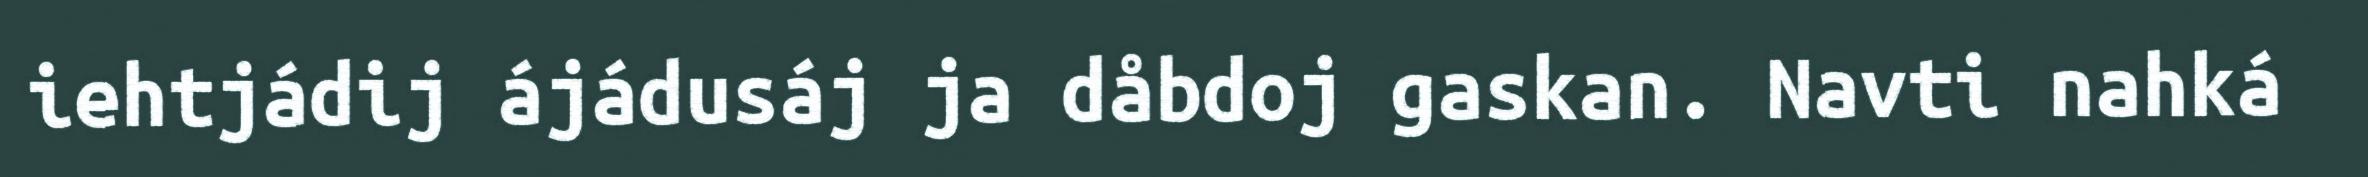
iehtjádij ájádusáj ja dåbdoj gaskan. Navti nahká